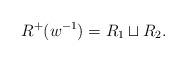
LaTeX: \begin{align*}R^{+}(w^{-1})=R_{1}\sqcup R_{2}.\end{align*}